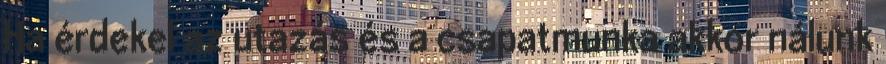
Ha érdekel az utazás és a csapatmunka akkor nálunk